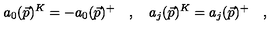
a _ { 0 } ( \vec { p } ) ^ { K } = - a _ { 0 } ( \vec { p } ) ^ { + } \quad , \quad a _ { j } ( \vec { p } ) ^ { K } = a _ { j } ( \vec { p } ) ^ { + } \quad ,